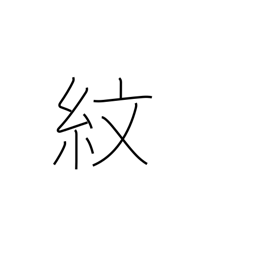
Meaning: family crest